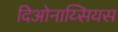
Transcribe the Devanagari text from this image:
दिओनाय्सियस